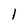
Character: 1